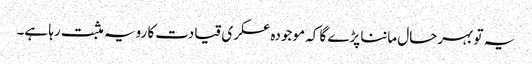
یہ تو بہرحال ماننا پڑے گا کہ موجودہ عسکری قیادت کا رویہ مثبت رہا ہے۔